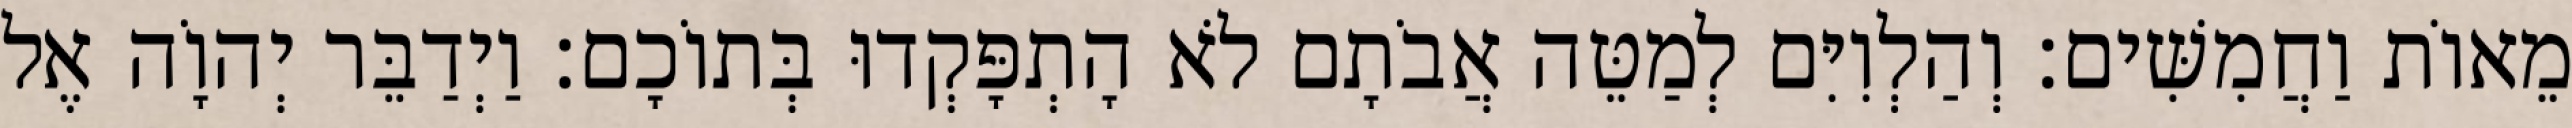
מֵאוֹת וַחֲמִשִּׁים׃ וְהַלְוִיִּם לְמַטֵּה אֲבֹתָם לֹא הָתְפָּקְדוּ בְּתוֹכָם׃ וַיְדַבֵּר יְהוָֹה אֶל